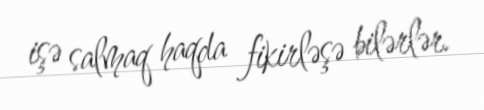
işə salmaq haqda fikirləşə bilərlər.